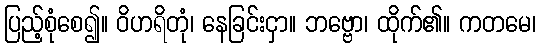
ပြည့်စုံစေ၍။ ဝိဟရိတုံ၊ နေခြင်းငှာ။ ဘဗ္ဗော၊ ထိုက်၏။ ကတမေ၊